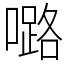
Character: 𡀔